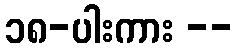
၁၈-ပါးကား --